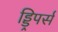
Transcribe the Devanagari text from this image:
ड्ड्रिपर्स